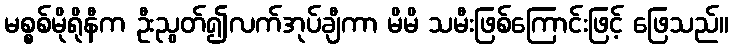
မစ္စစ်မိုရိုနီက ဦးညွတ်၍လက်အုပ်ချီကာ မိမိ သမီးဖြစ်ကြောင်းဖြင့် ဖြေသည်။